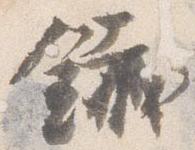
鉄